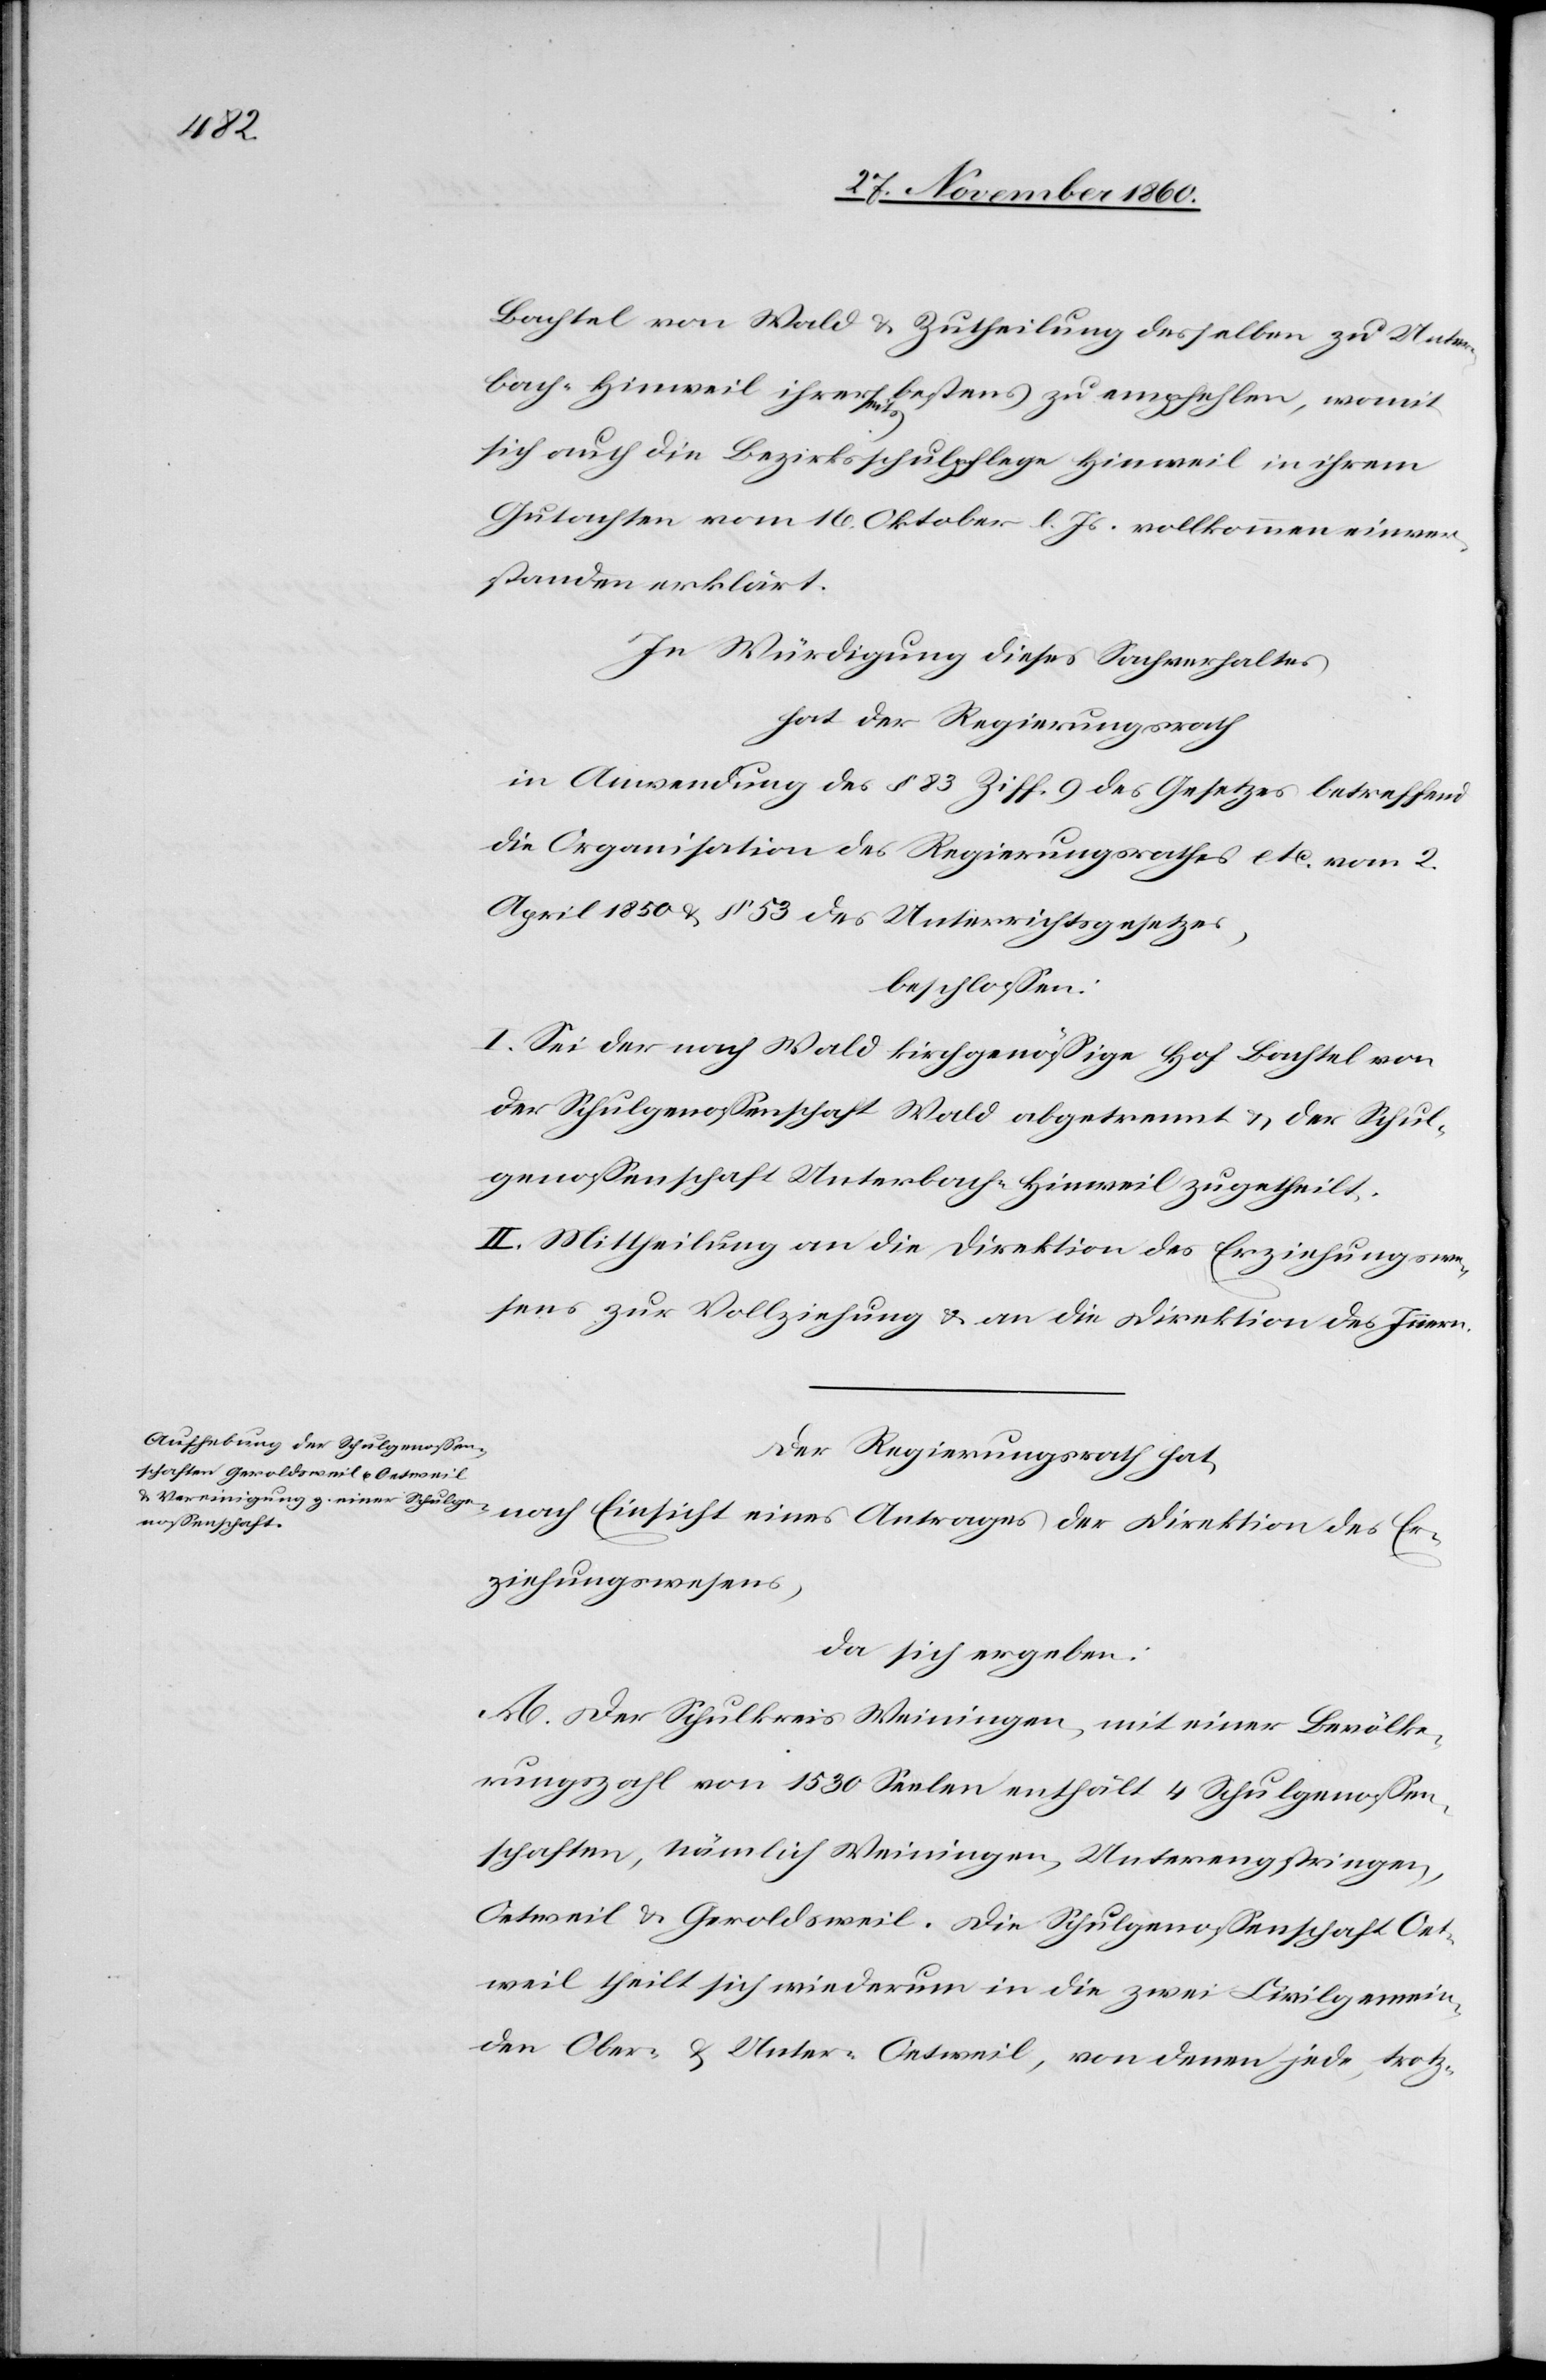
Bachtel von Wald u. Zutheilung desselben zu Unter¬
bach-Hinweil ihrerseits bestens zu empfehlen, womit
sich auch die Bezirksschulpflege Hinweil in ihrem
Gutachten vom 16. Oktober l. Js. vollkommen einver¬
standen erklärt.
In Würdigung dieses Sachverhaltes
hat der Regierungsrath
in Anwendung des § 83 Ziff. 9 des Gesetzes betreffend
die Organisation des Regierungsrathes etc. vom 2.
April 1850 u. § 53 des Unterrichtsgesetzes,
beschlossen:
I. Sei der nach Wald kirchgenössige Hof Bachtel von
der Schulgenossenschaft Wald abgetrennt u. der Schul¬
genossenschaft Unterbach-Hinweil zugetheilt.
II. Mittheilung an die Direktion des Erziehungswe¬
sens zur Vollziehung u. an die Direktion des Innern.
Der Regierungsrath hat,
nach Einsicht eines Antrages der Direktion des Er¬
ziehungswesens,
da sich ergeben:
A. Der Schulkreis Weiningen, mit einer Bevölke¬
rungszahl von 1530 Seelen enthält 4 Schulgenossen¬
schaften, nämlich Weiningen, Unterengstringen,
Oetweil u. Geroldsweil. Die Schulgenossenschaft Oet¬
weil theilt sich wiederum in die zwei Civilgemein¬
den Ober- u. Unter-Oetweil, von denen jede trotz-